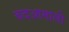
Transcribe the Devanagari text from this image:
बदआमाली